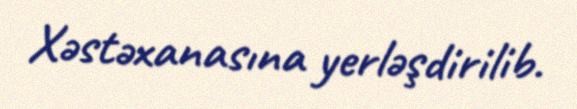
Xəstəxanasına yerləşdirilib.